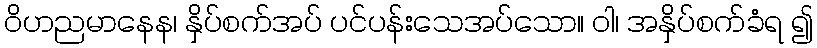
ဝိဟညမာနေန၊ နှိပ်စက်အပ် ပင်ပန်းသေအပ်သော။ ဝါ၊ အနှိပ်စက်ခံရ ၍